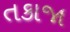
તકાજા